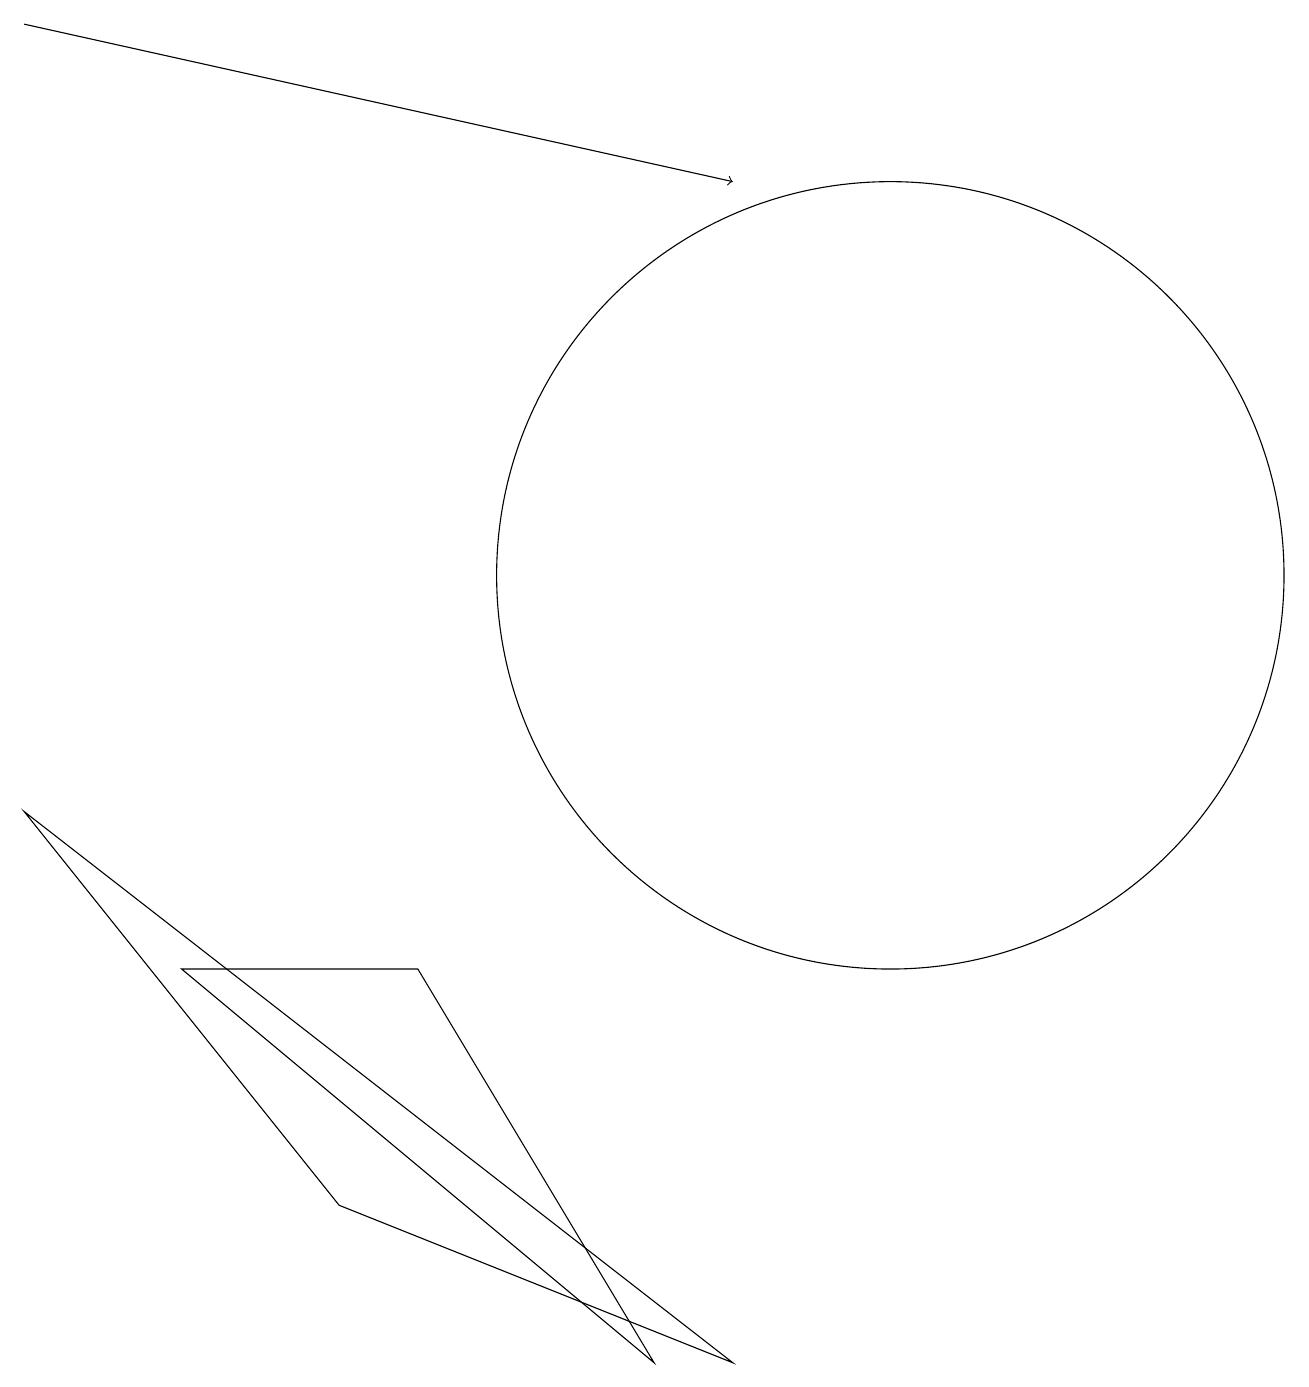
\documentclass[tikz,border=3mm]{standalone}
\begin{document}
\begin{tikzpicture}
\draw (0,7) -- (9,0) -- (4,2) -- cycle;
\draw[->] (0,17) -- (9,15);
\draw (8,0) -- (2,5) -- (5,5) -- cycle;
\draw (11,10) circle (5);
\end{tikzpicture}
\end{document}